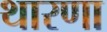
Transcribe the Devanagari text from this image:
थारणा